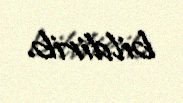
bildirib.